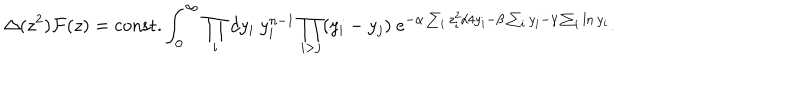
\Delta ( z ^ { 2 } ) { \cal F } ( z ) = \mathrm { c o n s t . } \int _ { 0 } ^ { \infty } \prod _ { i } d y _ { i } ~ y _ { i } ^ { n - 1 } \prod _ { i > j } ( y _ { i } - y _ { j } ) ~ e ^ { - \alpha \sum _ { i } z _ { i } ^ { 2 } / 4 y _ { i } - \beta \sum _ { i } y _ { i } - \gamma \sum _ { i } \ln y _ { i } } .